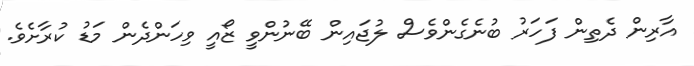
އާރިން ދެތިން ފަހަރު ބުނެގެންވެސް ލުޖައިން ބޭނުންވީ ޒޯއީ ވިހަންދެން މަޑު ކުރާށެވެ.